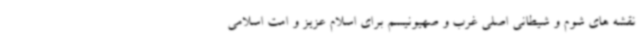
نقشه های شوم و شیطانی اصلی غرب و صهیونیسم برای اسلام عزیز و امت اسلامی